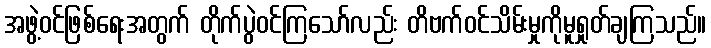
အဖွဲ့ဝင်ဖြစ်ရေးအတွက် တိုက်ပွဲဝင်ကြသော်လည်း တိဗက်ဝင်သိမ်းမှုကိုမူရှုတ်ချကြသည်။